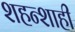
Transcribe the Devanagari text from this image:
शहन्शाही